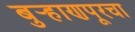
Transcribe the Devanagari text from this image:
बुर्‍हाणपूरचा